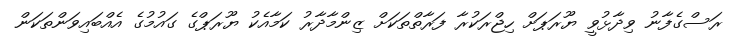
ރަސްގެފާނު ވިދާޅުވީ ޔޫރަޕަށް ހިޖްރަކުރާ ފަރާތްތަކަށް ޒިންމާދާރު ކަމާއެކު ޔޫރަޕްގެ ގައުމުގެ އެއްބައިވަންތަކަން